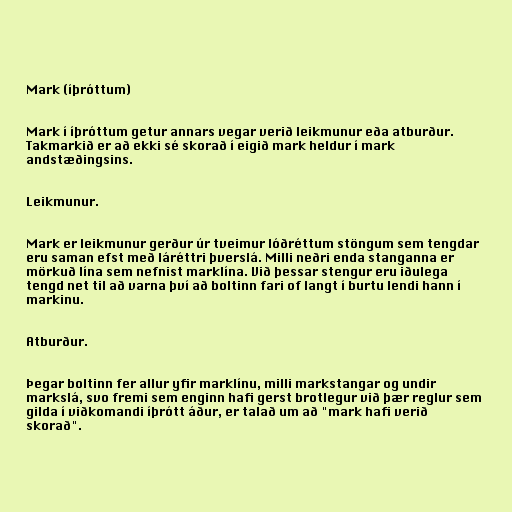
Mark (íþróttum)

Mark í íþróttum getur annars vegar verið leikmunur eða atburður.
Takmarkið er að ekki sé skorað í eigið mark heldur í mark
andstæðingsins.

Leikmunur.

Mark er leikmunur gerður úr tveimur lóðréttum stöngum sem tengdar
eru saman efst með láréttri þverslá. Milli neðri enda stanganna er
mörkuð lína sem nefnist marklína. Við þessar stengur eru iðulega
tengd net til að varna því að boltinn fari of langt í burtu lendi hann í
markinu.

Atburður.

Þegar boltinn fer allur yfir marklínu, milli markstangar og undir
markslá, svo fremi sem enginn hafi gerst brotlegur við þær reglur sem
gilda í viðkomandi íþrótt áður, er talað um að "mark hafi verið
skorað".